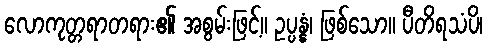
လောကုတ္တရာတရား၏ အစွမ်းဖြင့်။ ဥပ္ပန္နံ၊ ဖြစ်သော။ ပီတိရသံပိ၊